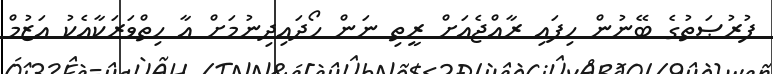
ފުރުޞަތުގެ ބޭނުން ހިފައި ރާއްޖެއަށް ރީތި ނަން ހޯދައިދިނުމަށް އާ ހިތްވަރަކާއެކު އަޒުމް